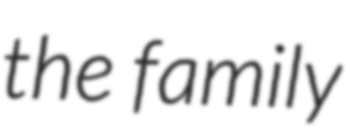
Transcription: the family